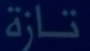
تازة